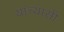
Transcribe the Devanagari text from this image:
यांच्यासी